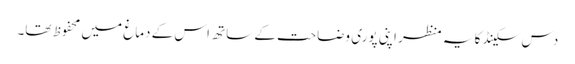
دس سکینڈ کا یہ منظر اپنی پوری وضاحت کے ساتھ اس کے دماغ میں محفوظ تھا۔